Medical and sanitary report of the native army of Bengal for the year
Year: 1877
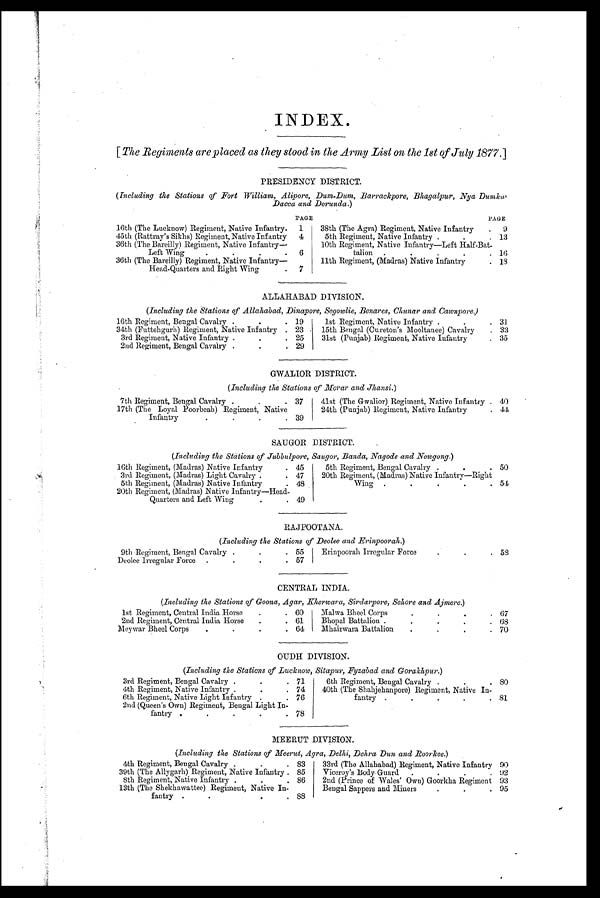
INDEX.
[ The Regiments are placed as they stood in the Army List on the 1st of July 1877 ]
PRESIDENCY DISTRICT.
( Including the Stations of Fort William, Alipore, Dum-Dum, Barrackpore, Bhagalpur, Nya Dumka,
Dacca and Dorunda. )
PAGE
PAGE
16th (The Lucknow) Regiment, Native Infantry.
1
38th (The Agra) Regiment, Native Infantry
.
9
45th (Rattray's Sikhs) Regiment, Native Infantry
4
5th Regiment, Native Infantry
. 13
36th (The Bareilly) Regiment, Native Infantry—
Left Wing.
6
10th Regiment, Native Infantry—Left Half-Bat-
talion
16
36th (The Bareilly) Regiment, Native Infantry—
11th Regiment, (Madras) Native Infantry
. 18
Head-Quarters and Right Wing
.
7
ALLAHABAD DIVISION.
(Including the Stations of Allahabad, Dinapore, Segowlie, Benares, Chunar and Cawnpore)
16th Regiment, Bengal Cavalry
.
. 19
1st Regiment, Native Infantry .
.
. 31
34th (Futtehgurh) Regiment, Native Infantry . 23 • 15th Bengal (Cureton's Mooltanee) Cavalry
. 33
3rd Regiment, Native Infantry
. 25
31st (Punjab) Regiment, Native Infantry
. 35
2nd Regiment, Bengal Cavalr
. 29
GWALIOR DISTRICT.
(Including the Stations of Morar and Jhansi. )
7th Regiment, Bengal Cavalry
.
. 37
41st (The Gwalior) Regiment, Native Infantry . 40
17th (The Loyal Poorbeah) Regiment, Native
24th (Punjab) Regiment, Native Infantry
. 4 4
Infantry. 39
SAUGOR DISTRICT.
(Including the Stations of Jubbulpore, Saugor, Banda, Nagode and Nowgong. )
16th Regiment, (Madras) Native Infantry
. 45
5th Regiment, Bengal Cavalry
. .
50
3rd Regiment, (Madras) Light Cavalry .
. 47
20th Regiment, (Madras) Native Infantry—Right
5th Regiment, (Madras) Native Infantry
. 48
Wing
. 54
20th Regiment, (Madras) Native Infantry—Head-
.
Quarters and Left Wing.
. 49
RAJPOOTANA.
(Including the Stations of Deolee and Erinpoorah.)
9th Regiment, Bengal Cavalry
.
. 55
Erinpoorah Irregular Force
.
.
. 58
Deolee Irregular Force
.
.
57
CENTRAL INDIA.
(Including the Stations of Goona, Agar, Kherwara, Sirdarpore, Sehore and Ajmere. )
1st Regiment, Central India Horse
.
. 60
Malwa Bheel Corps
.
.
.
. 67
2nd Regiment, Central India Horse
.
. 61
Bhopal Battalion
.
.
.
. 68
Meywar Bheel Corps
.
.
. 64
Mhairwara Battalion
.
.
.
. 70
OUDH DIVISION.
(Including the Stations of Lucknow, Sitapur, Fyzabad and Gorakhpur. )
3rd Regiment, Bengal Cavalry
. 71
6th Regiment, Bengal Cavalry .
.
8 0
4th Regiment, Native Infantry
.
. 74
40th (The Shahjehanpore) Regiment, Native In-
6th Regiment, Native Light Infantry .
. 76
fantry ..
.
.
. 81
2nd (Queen's Own) Regiment, Bengal Light In-
fantry.
.
.
.
78
MEERUT DIVISION.
(Including the Stations of Meerut, Agra, Delhi, Dehra Dun and Roorkee .)
4th Regiment, Bengal Cavalry .
.
. 83
33rd (The Allahabad) Regiment, Native Infantry 90
39th (The Allygarh)Regiment, Native Infantry . 85
Viceroy's Body Guard
.
. 92
8th Regiment, Native Infantry
.
. 86
2nd (Prince of Wales' Own) Goorkha Regiment 93
13th (The Shekhawattee) Regiment, Native In-
Bengal Sappers and Miners
. 95
fantry
.
. 88